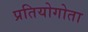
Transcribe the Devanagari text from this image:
प्रतियोगोता